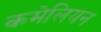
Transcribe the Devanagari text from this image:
कमेलियन